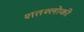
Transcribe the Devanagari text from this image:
शतश्लोकी